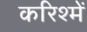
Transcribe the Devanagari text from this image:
करिश्में